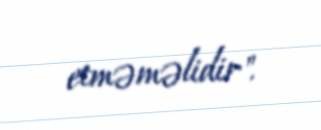
etməməlidir".